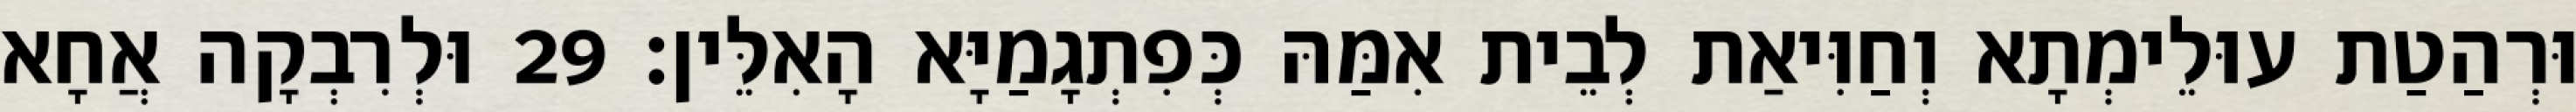
וּרְהַטַת עוּלֵימְתָא וְחַוִּיאַת לְבֵית אִמַּהּ כְּפִתְגָמַיָּא הָאִלֵּין׃ 29 וּלְרִבְקָה אֲחָא